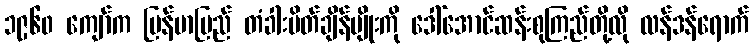
၁၉၆၀ ကျော်က မြန်မာပြည် တံခါးပိတ်ချိန်မျိုးကို ဒေါ်အောင်ဆန်းစုကြည်တို့လို လန်ဒန်ရောက်